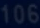
106